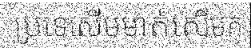
ប្រទេសើមមាត់សើមក